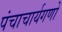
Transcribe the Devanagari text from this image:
पंचाचार्यगणों